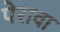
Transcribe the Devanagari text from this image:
पेरावा